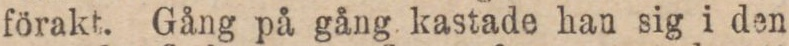
förakt. Gång på gång kastade han sig i den